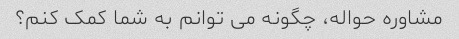
مشاوره حواله، چگونه می توانم به شما کمک کنم؟